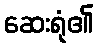
ဆေးရုံ၏